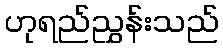
ဟုရည်ညွှန်းသည်